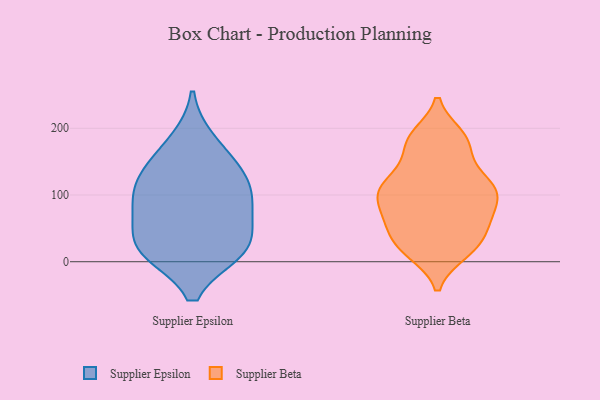
{"axis": {"x": "Backlog", "y": "Value"}, "legend": ["Supplier Beta", "Supplier Epsilon"], "data": [{"x": "", "y": 180, "type": "Supplier Epsilon"}, {"x": "", "y": 19, "type": "Supplier Epsilon"}, {"x": "", "y": 85, "type": "Supplier Epsilon"}, {"x": "", "y": 70, "type": "Supplier Epsilon"}, {"x": "", "y": 17, "type": "Supplier Epsilon"}, {"x": "", "y": 133, "type": "Supplier Epsilon"}, {"x": "", "y": 114, "type": "Supplier Epsilon"}, {"x": "", "y": 143, "type": "Supplier Epsilon"}, {"x": "", "y": 20, "type": "Supplier Epsilon"}, {"x": "", "y": 91, "type": "Supplier Epsilon"}, {"x": "", "y": 23, "type": "Supplier Epsilon"}, {"x": "", "y": 115, "type": "Supplier Beta"}, {"x": "", "y": 14, "type": "Supplier Beta"}, {"x": "", "y": 114, "type": "Supplier Beta"}, {"x": "", "y": 62, "type": "Supplier Beta"}, {"x": "", "y": 59, "type": "Supplier Beta"}, {"x": "", "y": 64, "type": "Supplier Beta"}, {"x": "", "y": 124, "type": "Supplier Beta"}, {"x": "", "y": 17, "type": "Supplier Beta"}, {"x": "", "y": 188, "type": "Supplier Beta"}, {"x": "", "y": 178, "type": "Supplier Beta"}, {"x": "", "y": 105, "type": "Supplier Beta"}, {"x": "", "y": 186, "type": "Supplier Beta"}, {"x": "", "y": 81, "type": "Supplier Beta"}, {"x": "", "y": 99, "type": "Supplier Beta"}, {"x": "", "y": 26, "type": "Supplier Beta"}, {"x": "", "y": 35, "type": "Supplier Beta"}, {"x": "", "y": 104, "type": "Supplier Beta"}, {"x": "", "y": 157, "type": "Supplier Beta"}]}